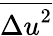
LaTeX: \overline{{{\Delta u}^{2}}}